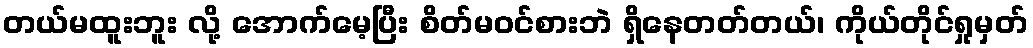
တယ်မထူးဘူး လို့ အောက်မေ့ပြီး စိတ်မဝင်စားဘဲ ရှိနေတတ်တယ်၊ ကိုယ်တိုင်ရှုမှတ်